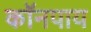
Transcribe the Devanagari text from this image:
कॉनपाय